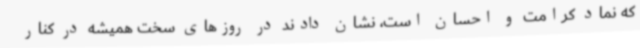
که نماد کرامت و احسان است، نشان دادند در روزهای سخت همیشه در کنار